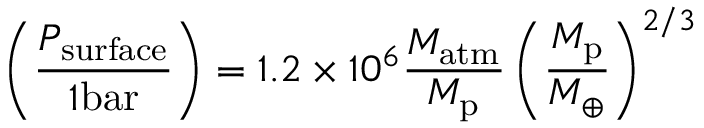
\left( \frac { P _ { \mathrm { s u r f a c e } } } { 1 \mathrm { b a r } } \right) = 1 . 2 \times 1 0 ^ { 6 } \frac { M _ { \mathrm { a t m } } } { M _ { \mathrm { p } } } \left( \frac { M _ { \mathrm { p } } } { M _ { \oplus } } \right) ^ { 2 / 3 }